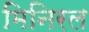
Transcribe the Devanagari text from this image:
मिनिरल